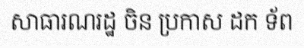
សាធារណរដ្ឋ ចិន ប្រកាស ដក ទ័ព